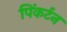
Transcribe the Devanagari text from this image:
पिंकर्टन